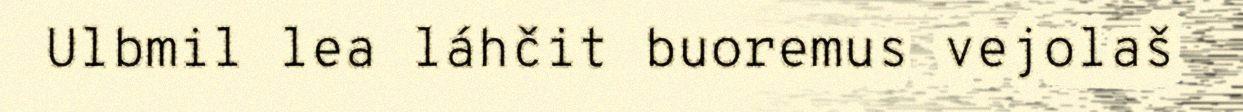
Ulbmil lea láhčit buoremus vejolaš